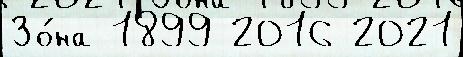
Зо́на 1899 2016 2021